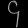
Digit: ၄